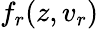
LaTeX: f_{r}(z,v_{r})